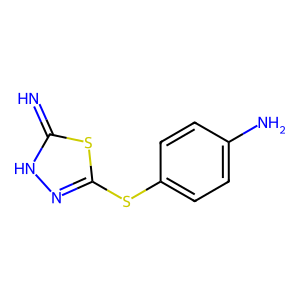
SMILES: N=c1[nH]nc(Sc2ccc(N)cc2)s1
Inhibits HIV replication: No